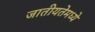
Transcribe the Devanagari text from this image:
जातीयतेमध्ये